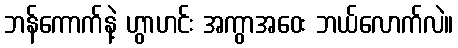
ဘန်ကောက်နဲ့ ဟွာဟင်း အကွာအဝေး ဘယ်လောက်လဲ။